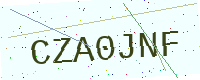
Text: CZA0JNF